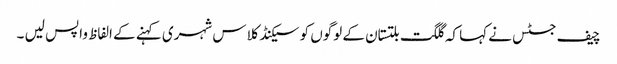
چیف جسٹس نے کہا کہ گلگت بلتستان کے لوگوں کو سیکنڈ کلاس شہری کہنے کے الفاظ واپس لیں ۔